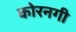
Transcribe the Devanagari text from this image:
कोरनगी